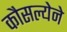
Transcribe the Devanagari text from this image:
कौसल्येने